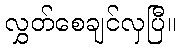
လွှတ်စေချင်လှပြီ။